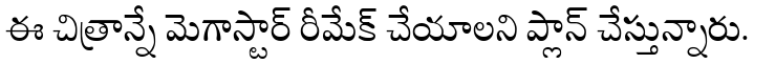
ఈ చిత్రాన్నే మెగాస్టార్ రీమేక్ చేయాలని ప్లాన్ చేస్తున్నారు.